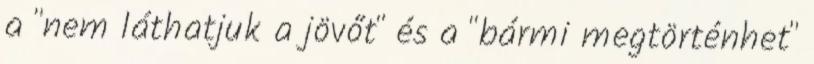
a "nem láthatjuk a jövőt" és a "bármi megtörténhet"